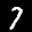
Label: 7